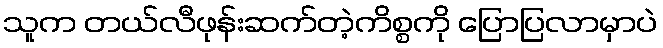
သူက တယ်လီဖုန်းဆက်တဲ့ကိစ္စကို ပြောပြလာမှာပဲ